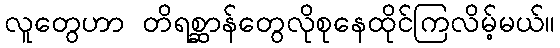
လူတွေဟာ တိရစ္ဆာန်တွေလိုစုနေထိုင်ကြလိမ့်မယ်။